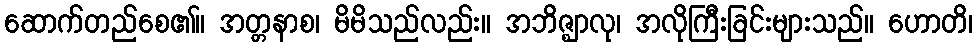
ဆောက်တည်စေ၏။ အတ္တနာစ၊ မိမိသည်လည်း။ အဘိဇ္ဈာလု၊ အလိုကြီးခြင်းများသည်။ ဟောတိ၊